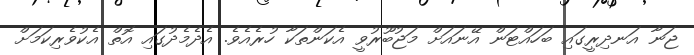
ޖަނާ އަނދިރީގައި ބަހައްޓަން އޭނައަށް މަޖުބޫރުވީ އެކަންތަކާ ހުރެއެވެ. އެދެމެދުގައި އޮތް އެކުވެރިކަމަށް